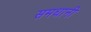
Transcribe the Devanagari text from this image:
समधानी